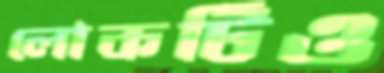
লোকটিও